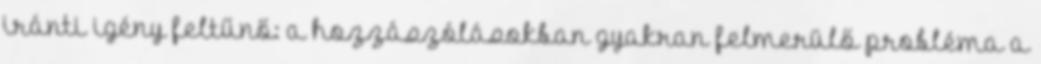
iránti igény feltűnő: a hozzászólásokban gyakran felmerülő probléma a